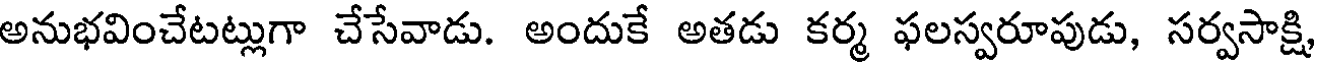
అనుభవించేటట్లుగా చేసేవాడు. అందుకే అతడు కర్మ ఫలస్వరూపుడు, సర్వసాక్షి